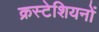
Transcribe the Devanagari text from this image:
क्रस्टेशियनों